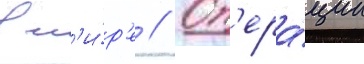
в м'и́р'е // Оп'ера́ции